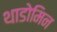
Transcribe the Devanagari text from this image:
थाडोमिन